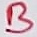
Text: B